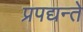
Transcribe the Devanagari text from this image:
प्रपद्यन्ते